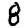
Digit: 8